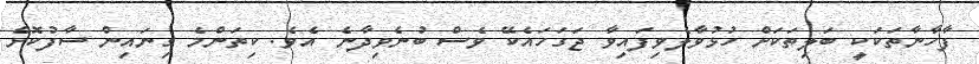
ފާހާނާތަކަކީ ބަލިތަކަށް ހުޅުވާލެވިފައިވާ ޖަގަހައެކޭ ވެސް ބުނެވިދާނެ އެވެ. ކިތަންމެ ގިނައިން ސާފުކޮށް